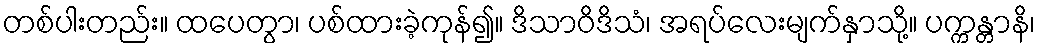
တစ်ပါးတည်း။ ထပေတွာ၊ ပစ်ထားခဲ့ကုန်၍။ ဒိသာဝိဒိသံ၊ အရပ်လေးမျက်နှာသို့။ ပက္ကန္တာနိ၊